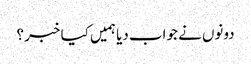
دونوں نے جواب دیا ہمیں کیا خبر ؟